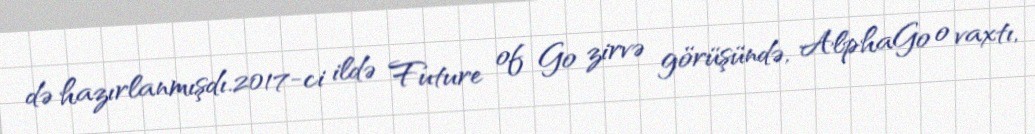
də hazırlanmışdı.2017-ci ildə Future of Go zirvə görüşündə, AlphaGo o vaxtı,